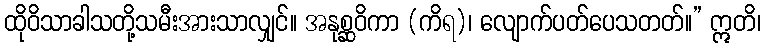
ထိုဝိသာခါသတို့သမီးအားသာလျှင်။ အနုစ္ဆဝိကာ (ကိရ)၊ လျောက်ပတ်ပေသတတ်။” ဣတိ၊